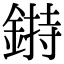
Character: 𨨲